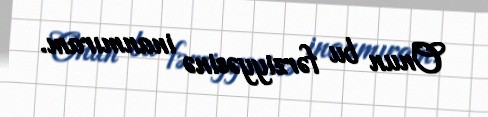
Onun bu fərziyyəsinə inanmıram.